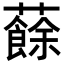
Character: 𧃋